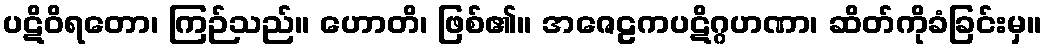
ပဋိဝိရတော၊ ကြဉ်သည်။ ဟောတိ၊ ဖြစ်၏။ အဇေဠကပဋိဂ္ဂဟဏာ၊ ဆိတ်ကိုခံခြင်းမှ။